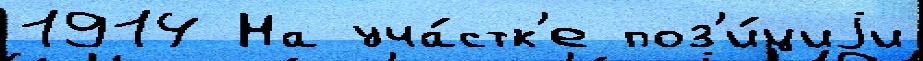
1914 На уча́стк'е поз'и́циjи